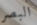
البصر